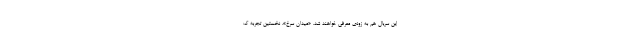
این سریال هم به زودی معرفی خواهند شد. «میدان سرخ»، نخستین تجربه ک